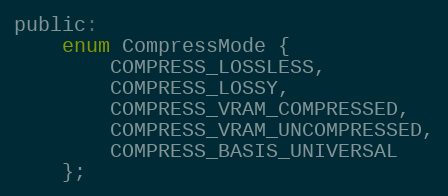
Language: C
public:
	enum CompressMode {
		COMPRESS_LOSSLESS,
		COMPRESS_LOSSY,
		COMPRESS_VRAM_COMPRESSED,
		COMPRESS_VRAM_UNCOMPRESSED,
		COMPRESS_BASIS_UNIVERSAL
	};